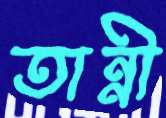
তান্নী